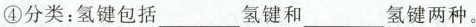
④分类：氢键包括___氢键和___氢键两种。